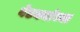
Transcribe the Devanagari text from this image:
बेडक्यांच्या